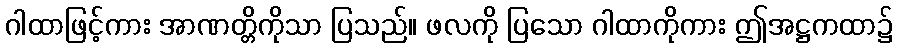
ဂါထာဖြင့်ကား အာဏတ္တိကိုသာ ပြသည်။ ဖလကို ပြသော ဂါထာကိုကား ဤအဋ္ဌကထာ၌